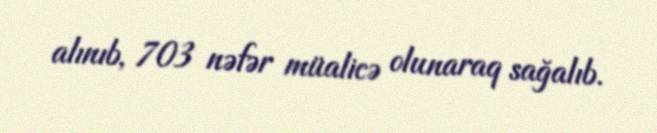
alınıb, 703 nəfər müalicə olunaraq sağalıb.